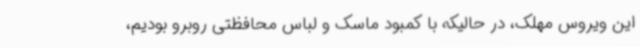
این ویروس مهلک، در حالیکه با کمبود ماسک و لباس محافظتی روبرو بودیم،